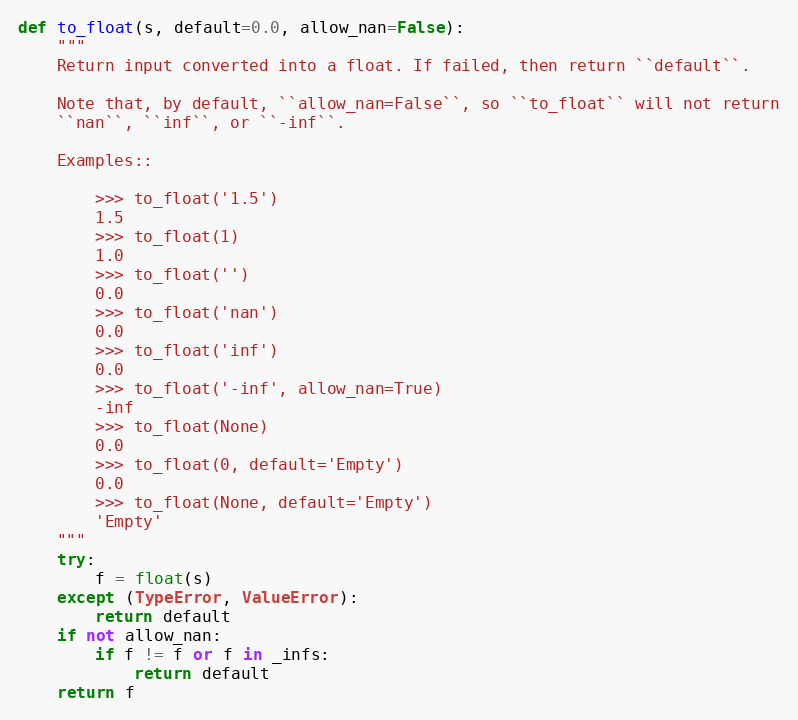
Language: Python
def to_float(s, default=0.0, allow_nan=False):
    """
    Return input converted into a float. If failed, then return ``default``.

    Note that, by default, ``allow_nan=False``, so ``to_float`` will not return
    ``nan``, ``inf``, or ``-inf``.

    Examples::

        >>> to_float('1.5')
        1.5
        >>> to_float(1)
        1.0
        >>> to_float('')
        0.0
        >>> to_float('nan')
        0.0
        >>> to_float('inf')
        0.0
        >>> to_float('-inf', allow_nan=True)
        -inf
        >>> to_float(None)
        0.0
        >>> to_float(0, default='Empty')
        0.0
        >>> to_float(None, default='Empty')
        'Empty'
    """
    try:
        f = float(s)
    except (TypeError, ValueError):
        return default
    if not allow_nan:
        if f != f or f in _infs:
            return default
    return f